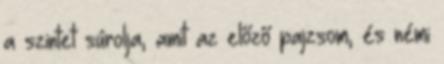
a szintet súrolja, amit az előző pajzsom, és némi